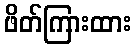
ဖိတ်ကြားထား